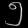
Digit: ၅